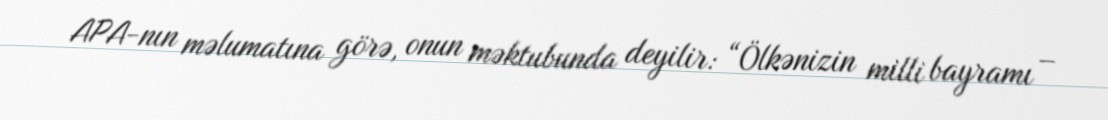
APA-nın məlumatına görə, onun məktubunda deyilir: “Ölkənizin milli bayramı –